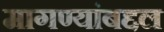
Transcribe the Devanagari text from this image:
मागण्यांबद्दल